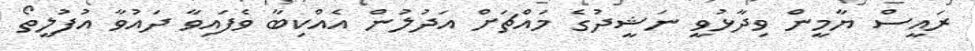
ރައީސް ޔާމީން ވިދާޅުވީ ނަޝީދުގެ މައްޗަށް އަދުލުން އެއްކިބާ ވެފައިވާ ދައުވާ އުފުލީތޯ